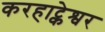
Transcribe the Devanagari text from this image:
करहाट्केश्वर